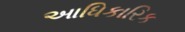
આધિકારિક